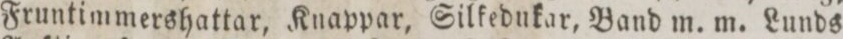
Fruntimmershattar, Knappar, Silkedukar, Band m. m. Lunds